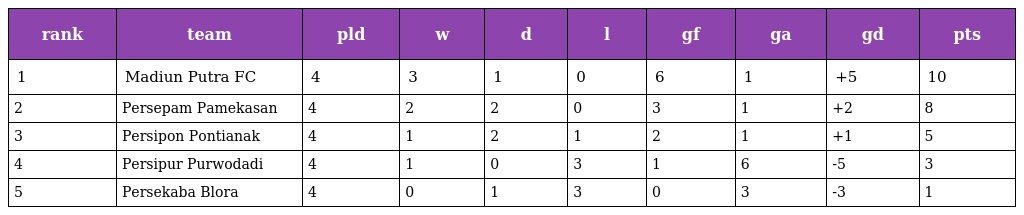
| rank | team | pld | w | d | l | gf | ga | gd | pts |
 | --- | --- | --- | --- | --- | --- | --- | --- | --- | --- |
 | 1 | Madiun Putra FC | 4 | 3 | 1 | 0 | 6 | 1 | +5 | 10 |
 | 2 | Persepam Pamekasan | 4 | 2 | 2 | 0 | 3 | 1 | +2 | 8 |
 | 3 | Persipon Pontianak | 4 | 1 | 2 | 1 | 2 | 1 | +1 | 5 |
 | 4 | Persipur Purwodadi | 4 | 1 | 0 | 3 | 1 | 6 | -5 | 3 |
 | 5 | Persekaba Blora | 4 | 0 | 1 | 3 | 0 | 3 | -3 | 1 |